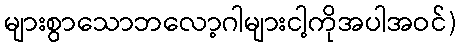
များစွာသောဘလော့ဂါများငါ့ကိုအပါအဝင်)